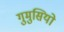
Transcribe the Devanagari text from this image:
गुमुसियो